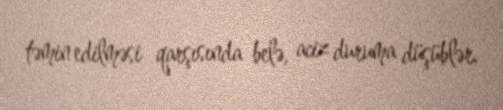
təmin edilməsi qarşısında belə, aciz duruma düşüblər.